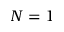
N = 1